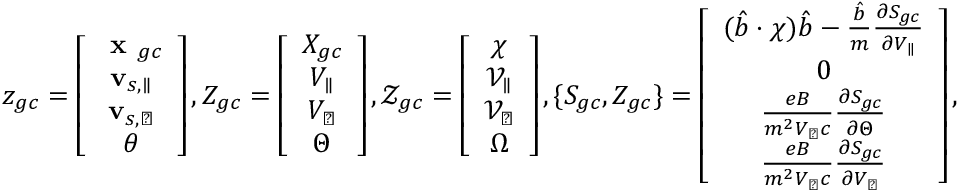
z _ { g c } = \left[ \begin{array} { c } { \textbf { x } _ { g c } } \\ { \mathbf { v } _ { s , \parallel } } \\ { \mathbf { v } _ { s , \perp } } \\ { \theta } \end{array} \right] , Z _ { g c } = \left[ \begin{array} { c } { X _ { g c } } \\ { V _ { \parallel } } \\ { V _ { \perp } } \\ { \Theta } \end{array} \right] , \mathcal { Z } _ { g c } = \left[ \begin{array} { c } { \chi } \\ { \mathcal { V } _ { \parallel } } \\ { \mathcal { V } _ { \perp } } \\ { \Omega } \end{array} \right] , \{ S _ { g c } , Z _ { g c } \} = \left[ \begin{array} { c } { ( \hat { b } \boldsymbol { \cdot } \chi ) \hat { b } - \frac { \hat { b } } { m } \frac { \partial S _ { g c } } { \partial V _ { \parallel } } } \\ { 0 } \\ { \frac { e B } { m ^ { 2 } V _ { \perp } c } \frac { \partial S _ { g c } } { \partial \Theta } } \\ { \frac { e B } { m ^ { 2 } V _ { \perp } c } \frac { \partial S _ { g c } } { \partial V _ { \perp } } } \end{array} \right] ,